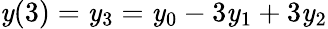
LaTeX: \mathit{y}(3)=\mathit{y}_{3}=\mathit{y}_{0}-3\mathit{y}_{1}+3\mathit{y}_{2}